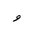
Letter: _waw